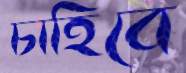
চাহিবে